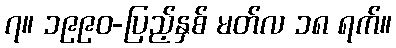
၇။ ၁၉၉၀-ပြည့်နှစ် မတ်လ ၁၈ ရက်။